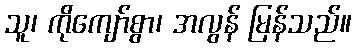
သူ၊ ကိုကျော်စွာ၊ အလွန် မြန်သည်။